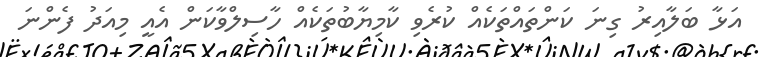
އަޅާ ބަލާއިރު ގިނަ ކަންތައްތަކެއް ކުރެވި ކާމިޔާބުތަކެއް ހާސިލްވާކަން އެއީ މިއަދު ފެންނަ